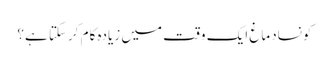
کونسادماغ ایک وقت میں زیادہ کام کرسکتا ہے؟